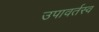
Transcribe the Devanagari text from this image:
उपावर्तस्व